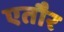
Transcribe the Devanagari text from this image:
एतौर